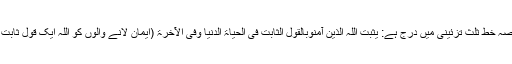
جنوبی دیوارمیں سورہ ابراہیمؑ ہی کی ستائیسویں آیت کا یہ حصہ خط ثلث تزئینی میں درج ہے: یُثَبِّتُ الَّلہُ الَّذِینَ آمَنُوبِالْقَوْلِ الثَّابِتِ فِی الْحَیَاۃِ الدُّنْیَا وَفِی الْآخِرَۃِ (ایمان لانے والوں کو اللہ ایک قول ثابت کی بنیاد پردنیا اور آخرت، دونوں میں ثبات عطا کرتا ہے)۔